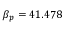
\beta _ { p } = 4 1 . 4 7 8